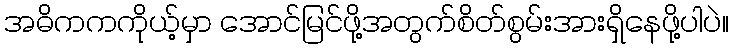
အဓိကကကိုယ့်မှာ အောင်မြင်ဖို့အတွက်စိတ်စွမ်းအားရှိနေဖို့ပါပဲ။